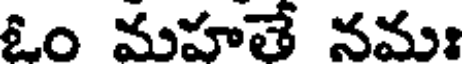
ఓం మహతే నమ